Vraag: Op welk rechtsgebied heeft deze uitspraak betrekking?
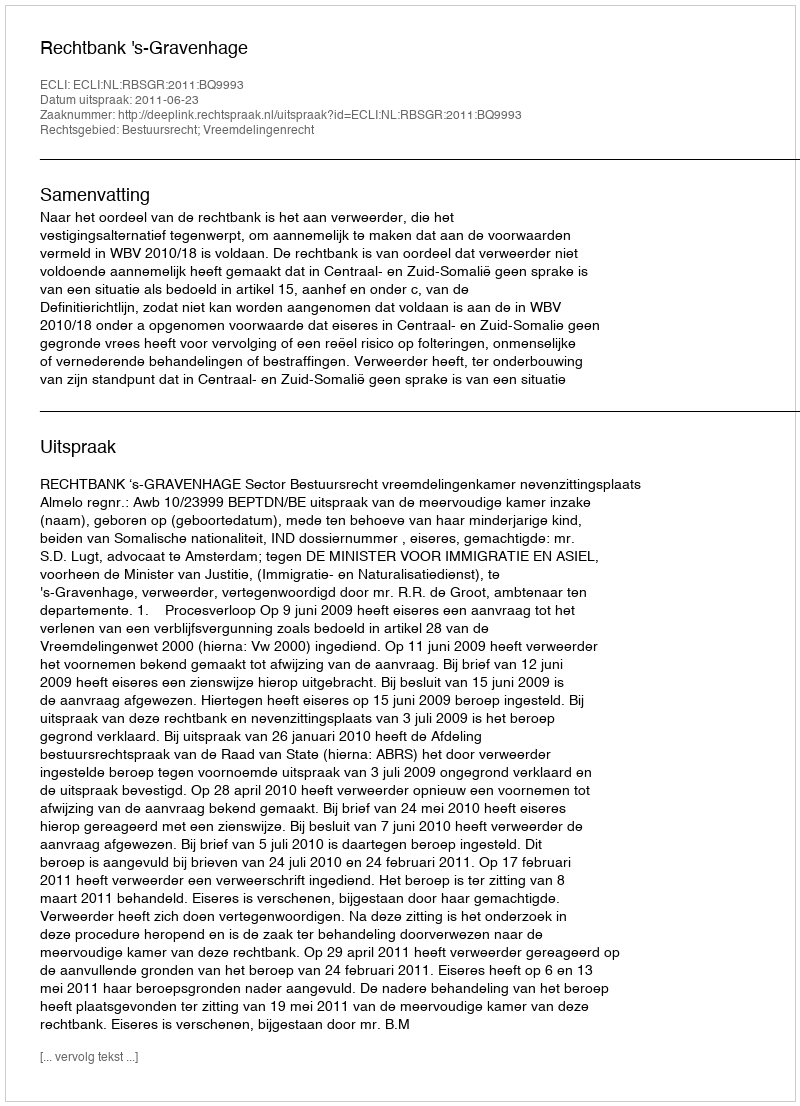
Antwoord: Bestuursrecht; Vreemdelingenrecht